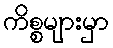
ကိစ္စများမှာ